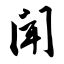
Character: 闻